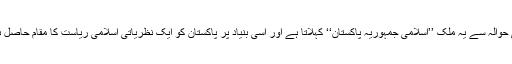
اسی حوالہ سے یہ ملک ’’اسلامی جمہوریہ پاکستان‘‘ کہلاتا ہے اور اسی بنیاد پر پاکستان کو ایک نظریاتی اسلامی ریاست کا مقام حاصل ہے۔